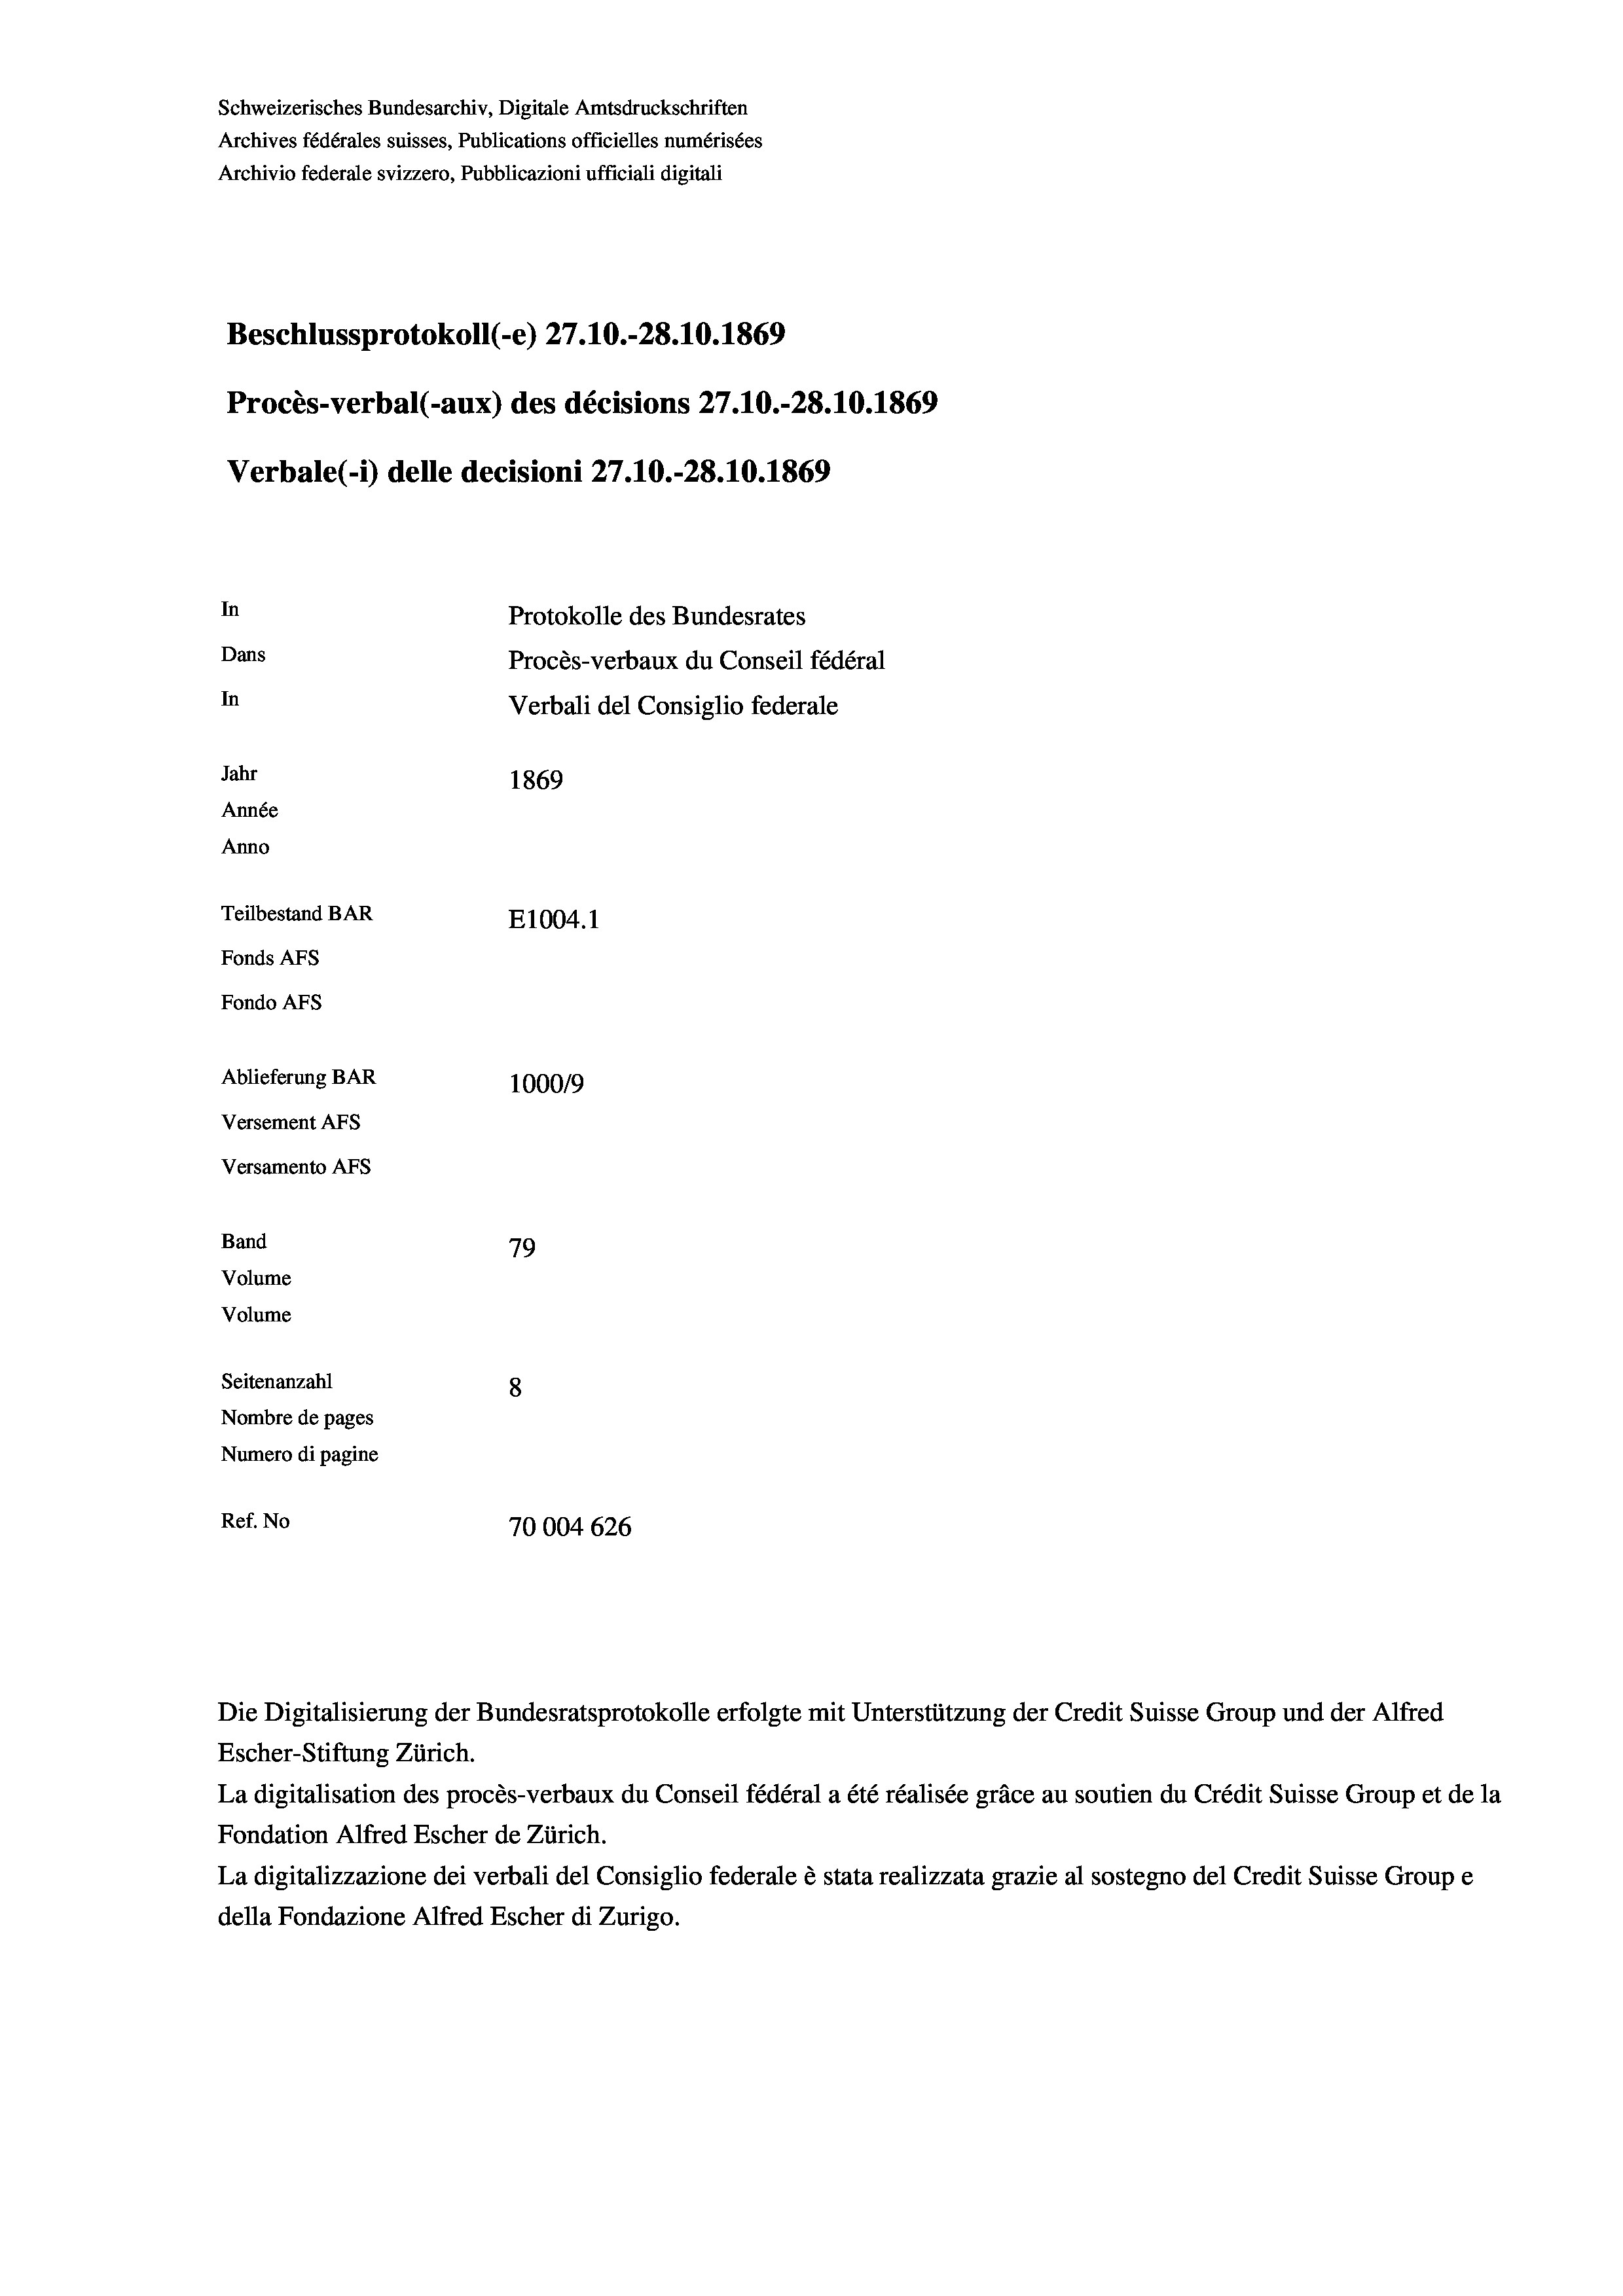
Schweizerisches Bundesarchiv, Digitale Amtsdruckschriften
Archives fédérales suisses, Publications officielles numérisées
Archivio federale svizzero, Pubblicazioni ufficiali digitali
Beschlussprotokoll (-e) 27.10.-28.10.1869
Procès-verbal (-aux) des décisions 27.10.-28.10.1869
Verbale (- 1) delle decisioni 27.10.-28.10.1869
In
Protokolle des Bundesrates
Dans
Procès-verbaux du Conseil fédéral
In
Verbali del Consiglio federale
Jahr
1869
Année
Anno
Teilbestand BAR
E1004. 1
Fonds AFs
Fondo AFs
Ablieferung BAR
100019
Versement AFs

Versamento AFS
Band

Volume
Volume

79
Seitenanzahl
8
Nombre de pages
Numero di pagine
Ref. No
70004 626

Escher-Stiftung Zürich.
La digitalisation des procès-verbaux du Conseil fédéral a été réalisée gräce au soutien du Crédit Suisse Group et de la
Fondation Alfred Escher de Zürich.
La digitalizzazione dei verbali del Consiglio federale è stata realizzata grazie al sostegno del Credit Suisse Groupe
della Fondazione Alfred Escher di Zurigo.

Die Digitalisierung der Bundesratsprotokolle erfolgte mit Unterstützung der Credit Suisse Group und der Alfred